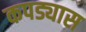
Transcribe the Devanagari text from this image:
कपड्यास